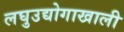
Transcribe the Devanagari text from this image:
लघुउद्योगाखाली